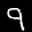
Label: 9